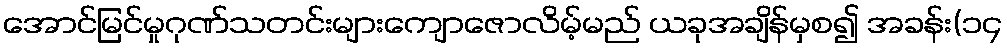
အောင်မြင်မှုဂုဏ်သတင်းများကျောဇောလိမ့်မည် ယခုအချိန်မှစ၍ အခန်း(၁၄